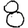
Digit: 8